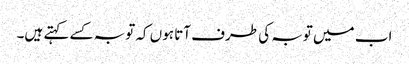
اب میں توبہ کی طرف آتا ہوں کہ توبہ کسے کہتے ہیں۔